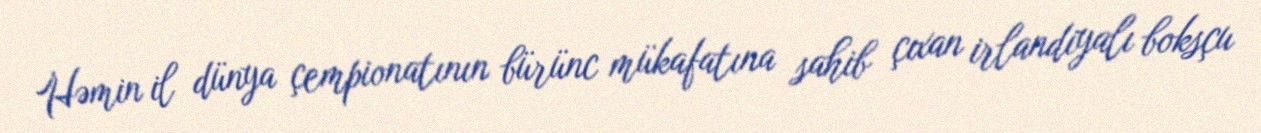
Həmin il dünya çempionatının bürünc mükafatına sahib çıxan irlandiyalı boksçu